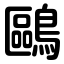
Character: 鷗